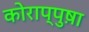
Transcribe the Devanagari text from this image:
कोराप्पुष़ा